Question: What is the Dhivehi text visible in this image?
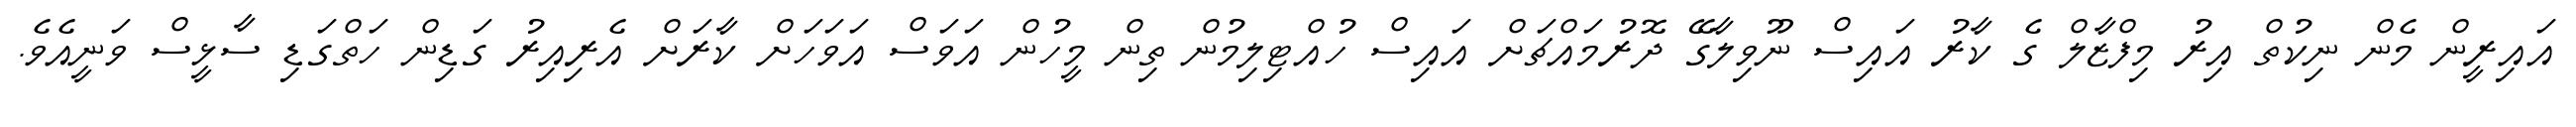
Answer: އައިރީން މެން ނިކުތް އިރު މިފްޒާލް ގެ ކާރު އައިސް ނޫވިލާގޭ ދޮރުމައްޗަށް އައިސް ހުއްޓިލިމުން ތިން މީހުން އަވަސް އަވަހަށް ކާރަށް އެރިއިރު ގަޑިން ހަތްގަޑި ސާޅީސް ވަނީއެވެ.